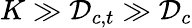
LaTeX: K\gg\mathcal{D}_{c,t}\gg\mathcal{D}_{c}